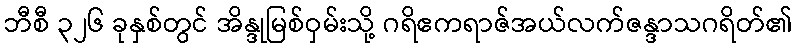
ဘီစီ ၃၂၆ ခုနှစ်တွင် အိန္ဒုမြစ်ဝှမ်းသို့ ဂရိဧကရာဇ်အယ်လက်ဇန္ဒာသဂရိတ်၏